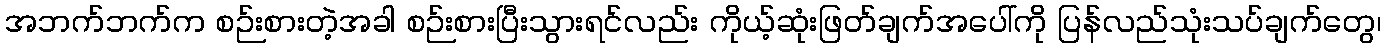
အဘက်ဘက်က စဉ်းစားတဲ့အခါ စဉ်းစားပြီးသွားရင်လည်း ကိုယ့်ဆုံးဖြတ်ချက်အပေါ်ကို ပြန်လည်သုံးသပ်ချက်တွေ၊